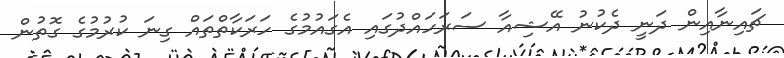
ޗައިނާއިން ދަނީ ދެކުނު އޭޝިއާ ސަރަހައްދުގައި އެގައުމުގެ ހަރަކާތްތައް ގިނަ ކުރުމުގެ ގޮތުން